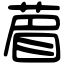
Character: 葿